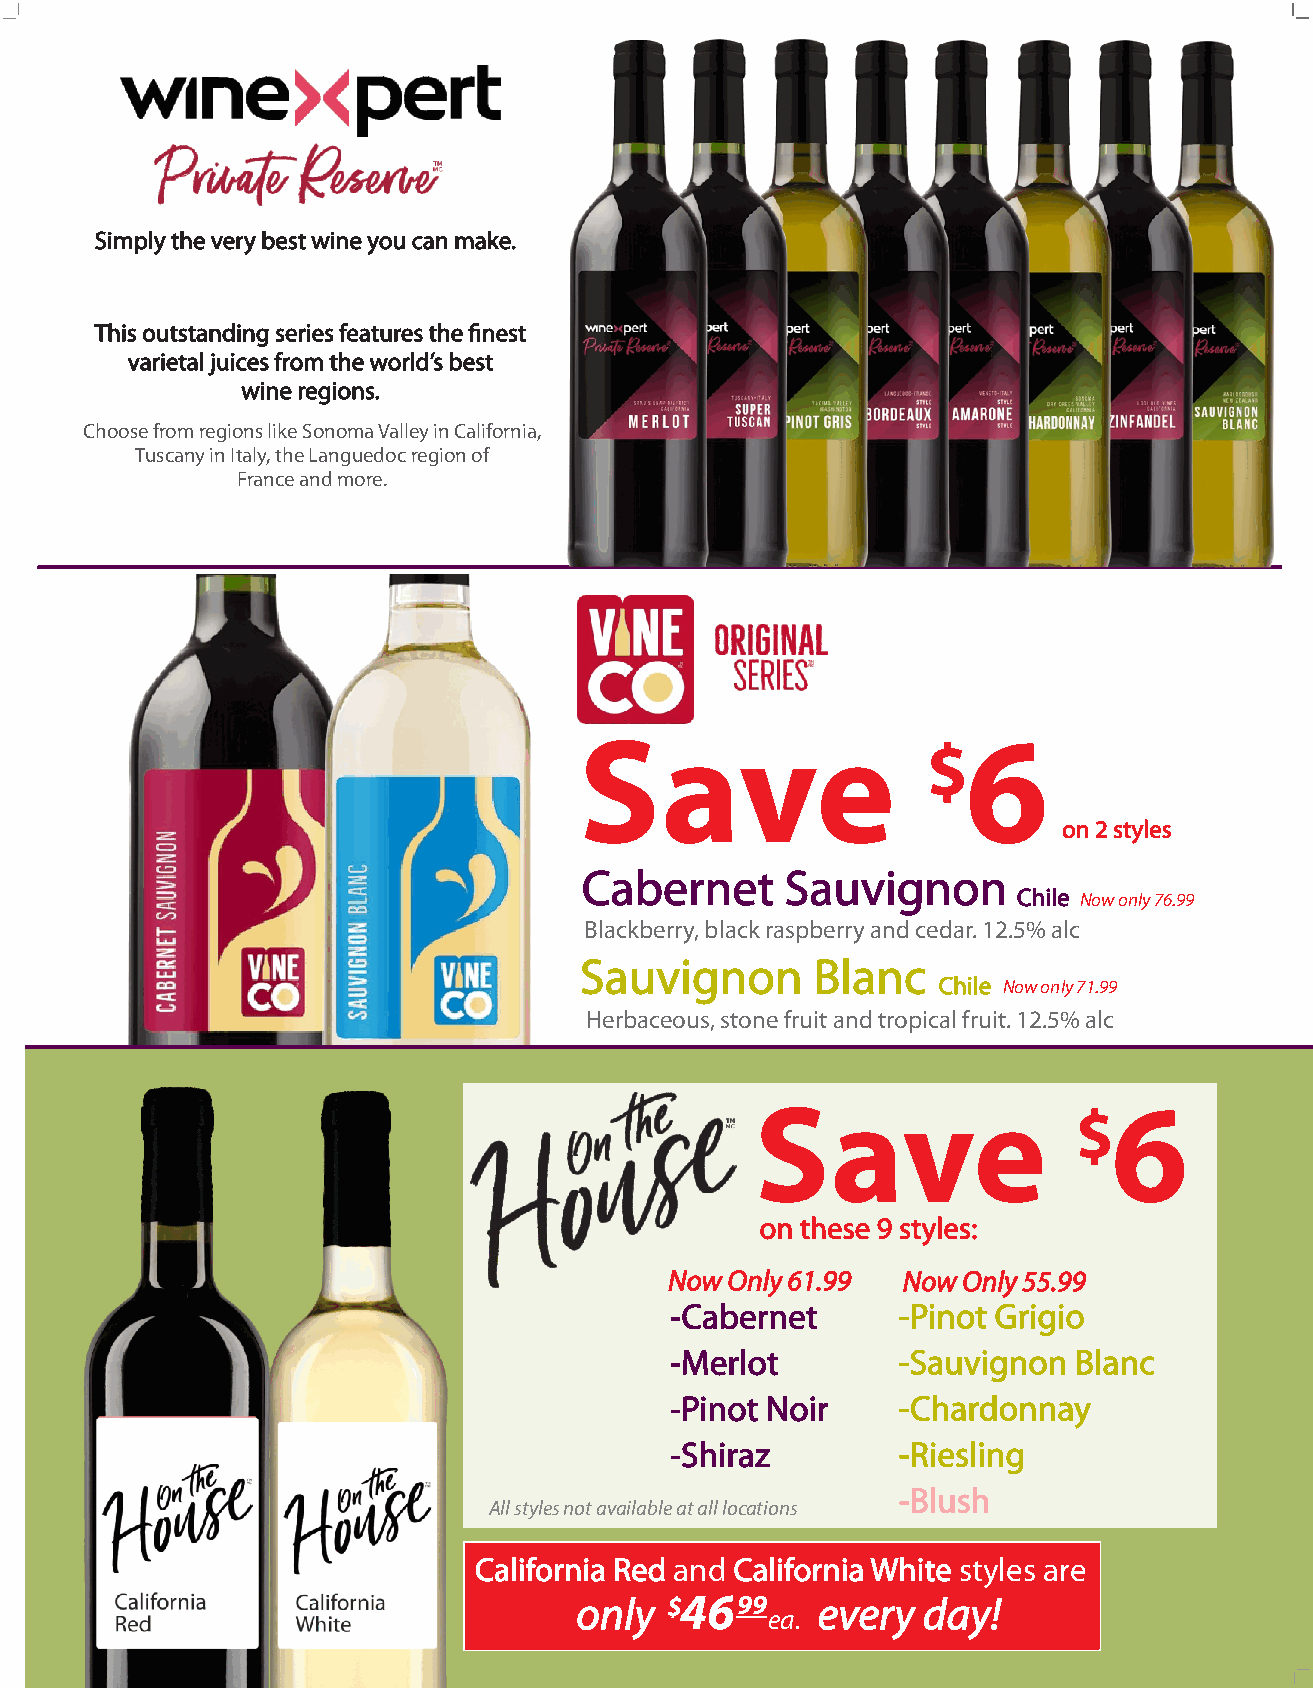
|||
 ___
 Simply the very best wine you can make.
 This outstanding series features the finest
 varietal juices from the world’s best
 wine regions.
 Choose from regions like Sonoma Valley in California,
 Tuscany in Italy, the Languedoc region of
 France and more.
 Save                      6
 $
 on 2 styles
 Cabernet     Sauvignon
 Chile Now only 76.99
 Blackberry, black raspberry and cedar. 12.5% alc
 Sauvignon       Blanc
 Chile Now only 71.99
 Herbaceous, stone fruit and tropical fruit. 12.5% alc
 Save                    6
 $
 on these 9 styles:
 Now Only 61.99  Now Only 55.99
 -Cabernet      -Pinot Grigio
 -Merlot        -Sauvignon  Blanc
 -Pinot Noir    -Chardonnay
 -Shiraz        -Riesling
 -Blush
 All styles not available at all locations
 California Red and California White styles are
 only  $ 46 9 9  every  day!
 ea.
 _ _
 |
 |_
 |